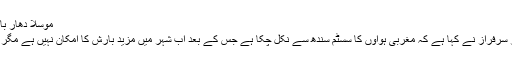
موسلا دھار بارشوں کا امکان ہے-- محکمہ موسمیات نے پیشگوئی کردی
کرا چی(ویب ڈیسک) محکمہ موسمیات کے ڈائریکٹر سردار سرفراز نے کہا ہے کہ مغربی ہواوں کا سسٹم سندھ سے نکل چکا ہے جس کے بعد اب شہر میں مزید بارش کا امکان نہیں ہے مگر آنے والے دنوں میں بحیرہ عرب میں ڈپریشن بن سکتے ہیں۔